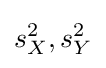
s_{X}^{2},s_{Y}^{2}